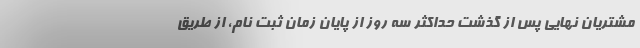
مشتریان نهایی پس از گذشت حداکثر سه روز از پایان زمان ثبت نام، از طریق